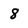
Character: 8